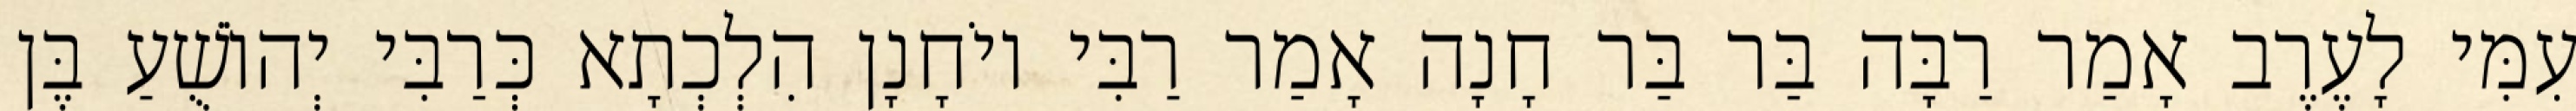
עִמִּי לָעֶרֶב אָמַר רַבָּה בַּר בַּר חָנָה אָמַר רַבִּי יוֹחָנָן הִלְכְתָא כְּרַבִּי יְהוֹשֻׁעַ בֶּן